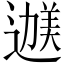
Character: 𬩇